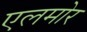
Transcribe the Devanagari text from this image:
एलमोर